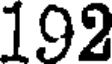
192